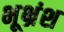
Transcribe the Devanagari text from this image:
भूभ्रंश